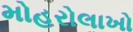
મોહરોલાખો